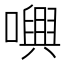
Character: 𡁝